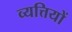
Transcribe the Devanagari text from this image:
व्यत्तियों